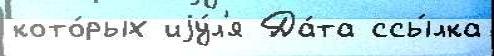
кото́рых иjу́л'я Да́та ссы́лка